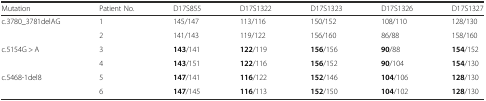
<table><thead><tr><td><b>Mutation</b></td><td><b>Patient No.</b></td><td><b>D17S855</b></td><td><b>D17S1322</b></td><td><b>D17S1323</b></td><td><b>D17S1326</b></td><td><b>D17S1327</b></td></tr></thead><tbody><tr><td rowspan="2">c.3780_3781delAG</td><td>1</td><td>145/147</td><td>113/116</td><td>150/152</td><td>108/110</td><td>128/130</td></tr><tr><td>2</td><td>141/143</td><td>119/122</td><td>156/160</td><td>86/88</td><td>158/160</td></tr><tr><td rowspan="2">c.5154G &gt; A</td><td>3</td><td><b>143</b>/141</td><td><b>122</b>/119</td><td><b>156</b>/156</td><td><b>90</b>/88</td><td><b>154</b>/152</td></tr><tr><td>4</td><td><b>143</b>/151</td><td><b>122</b>/116</td><td><b>156</b>/152</td><td><b>90</b>/104</td><td><b>154</b>/130</td></tr><tr><td rowspan="2">c.5468-1del8</td><td>5</td><td><b>147</b>/141</td><td><b>116</b>/122</td><td><b>152</b>/146</td><td><b>104</b>/106</td><td><b>128</b>/130</td></tr><tr><td>6</td><td><b>147</b>/145</td><td><b>116</b>/113</td><td><b>152</b>/150</td><td><b>104</b>/102</td><td><b>128</b>/130</td></tr></tbody></table>